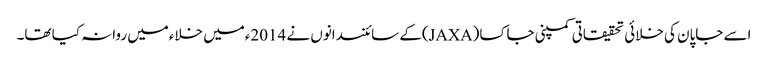
اسے جاپان کی خلائی تحقیقاتی کمپنی جاکسا(JAXA)کے سائنسدانوں نے 2014ءمیں خلاءمیں روانہ کیا تھا۔